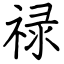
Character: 禄